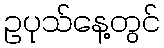
ဥပုသ်နေ့တွင်